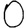
Digit: 0